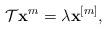
LaTeX: \begin{align*}\mathcal T\mathbf x^m=\lambda\mathbf x^{[m]},\end{align*}